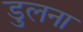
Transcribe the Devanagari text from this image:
डुलना